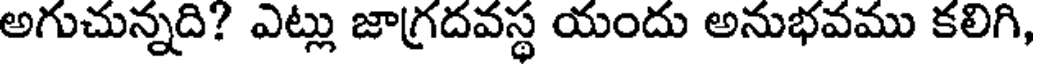
అగుచున్నది? ఎట్లు జాగ్రదవస్థ యందు అనుభవము కలిగి,